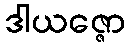
ဒါယဇ္ဇော